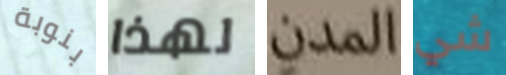
بنوبة لهذا المدن شي